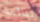
لقائمة